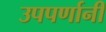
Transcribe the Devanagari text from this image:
उपपर्णानी